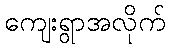
ကျေးရွာအလိုက်